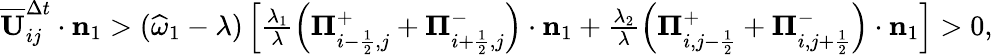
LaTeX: \begin{array}{r}{\overline{{\mathbf{U}}}_{ij}^{\Delta t}\cdot\mathbf{n}_{1}>(\widehat{\omega}_{1}-\lambda)\left[\frac{\lambda_{1}}{\lambda}\left({\mathbf\Pi}_{i-\frac{1}{2},j}^{+}+{\mathbf\Pi}_{i+\frac{1}{2},j}^{-}\right)\cdot\mathbf{n}_{1}+\frac{\lambda_{2}}{\lambda}\left({\mathbf\Pi}_{i,j-\frac{1}{2}}^{+}+{\mathbf\Pi}_{i,j+\frac{1}{2}}^{-}\right)\cdot\mathbf{n}_{1}\right]>0,}\end{array}